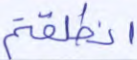
انطلقتم